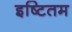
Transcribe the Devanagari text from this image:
इष्टितम